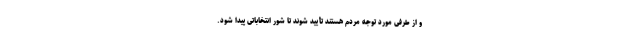
و از طرفی مورد توجه مردم هستند تأیید شوند تا شور انتخاباتی پیدا شود.